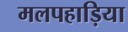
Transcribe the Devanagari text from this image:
मलपहाड़िया